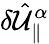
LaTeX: \delta\hat{\mathcal{U}}_{\parallel}^{\alpha}